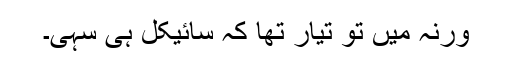
ورنہ میں تو تیار تھا کہ سائیکل ہی سہی۔